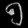
Digit: ၅